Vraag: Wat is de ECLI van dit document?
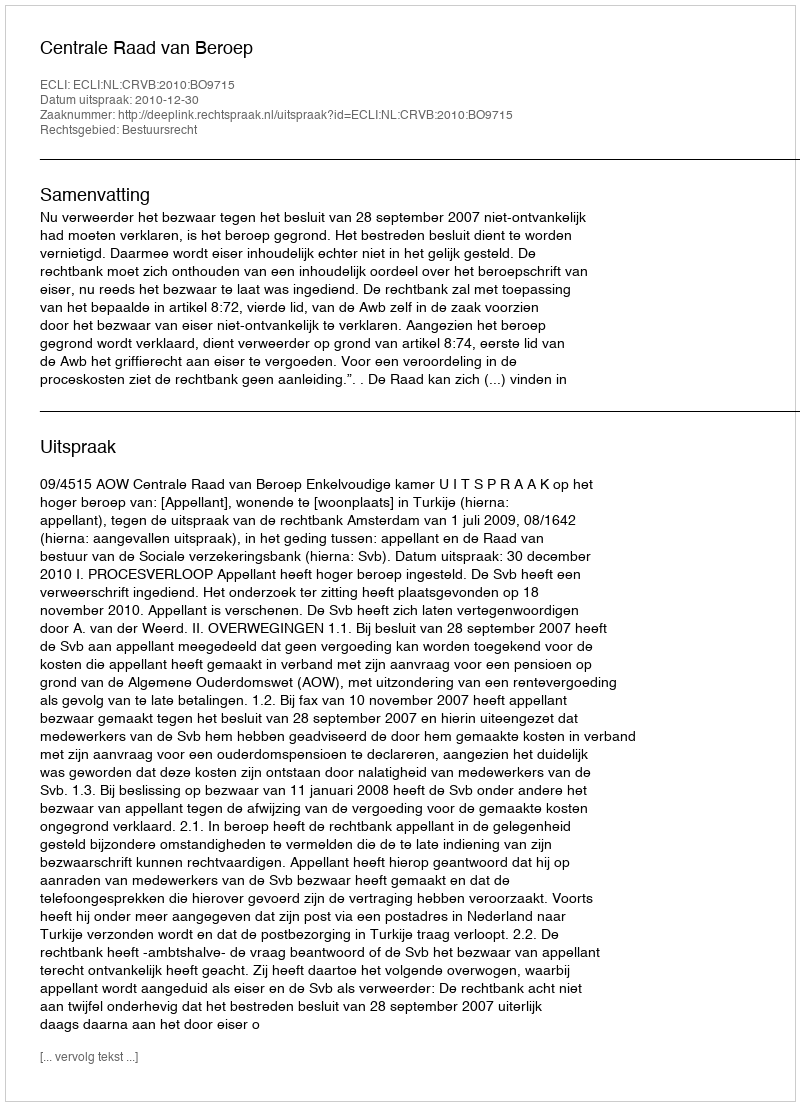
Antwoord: ECLI:NL:CRVB:2010:BO9715